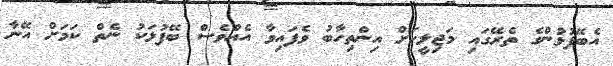
އެބޭފުޅުންގެ ތެރޭގައި މަޖިލީހަށް އިންތިހާބު ވެފައިވާ އެއްވެސް ބޭފުޅަކު ނެތް ކަމަށް އޭނާ